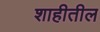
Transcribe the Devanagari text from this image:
शाहीतील